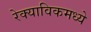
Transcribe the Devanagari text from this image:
रेक्याविकमध्ये